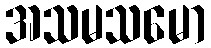
အသမသမော